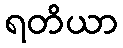
ရတိယာ